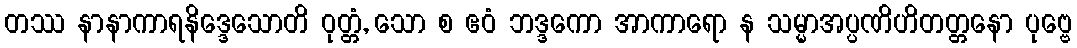
တဿ နာနာကာရနိဒ္ဒေသောတိ ဝုတ္တံ, သော စ ဧဝံ ဘဒ္ဒကော အာကာရော န သမ္မာအပ္ပဏိဟိတတ္တနော ပုဗ္ဗေ